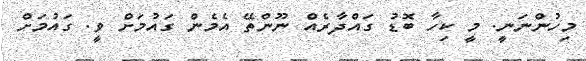
މިހުންނަނީ. މީ ކިހާ ބޮޑު ގައްދާރެއް ނޫންތޭ އެމެން ގައުމަށް ވީ. ގައުމަށް